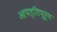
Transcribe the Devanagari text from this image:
आपत्तिपूर्ण